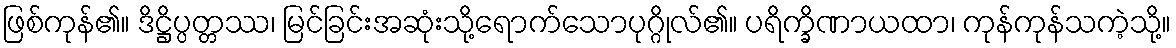
ဖြစ်ကုန်၏။ ဒိဋ္ဌိပ္ပတ္တဿ၊ မြင်ခြင်းအဆုံးသို့ရောက်သောပုဂ္ဂိုလ်၏။ ပရိက္ခိဏာယထာ၊ ကုန်ကုန်သကဲ့သို့။